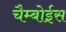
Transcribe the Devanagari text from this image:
चैम्बोईस